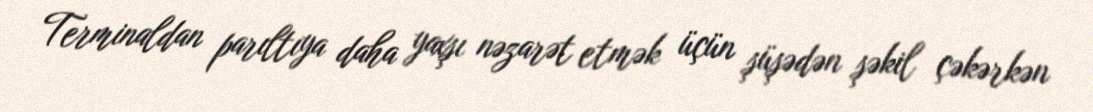
Terminaldan parıltıya daha yaxşı nəzarət etmək üçün şüşədən şəkil çəkərkən